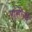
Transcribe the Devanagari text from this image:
रांसीसी